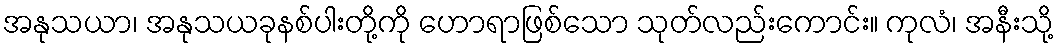
အနုသယာ၊ အနုသယခုနစ်ပါးတို့ကို ဟောရာဖြစ်သော သုတ်လည်းကောင်း။ ကုလံ၊ အနီးသို့